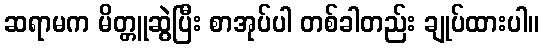
ဆရာမက မိတ္တူဆွဲပြီး စာအုပ်ပါ တစ်ခါတည်း ချုပ်ထားပါ။